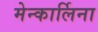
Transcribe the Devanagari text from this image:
मेन्कार्लिना